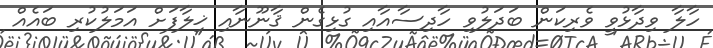
ހާލާ ވިދާޅުވީ ވެރިކަން ބަދަލުވި ހާދިސާއާއި ގުޅިގެން ޤާނޫނާއި ޚިލާފަށް އަމަލުކުރި ބައެއް